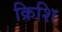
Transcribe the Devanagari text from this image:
क्रिशि